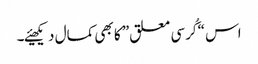
اس “کُرسی معلق” کا بھی کمال دیکھیئے۔